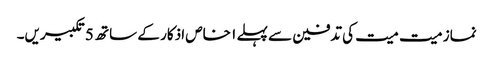
نماز میت میت کی تدفین سے پہلے ۱ خاص اذکار کے ساتھ 5 تکبیریں۔